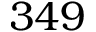
3 4 9